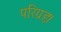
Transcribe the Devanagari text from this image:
परिग्रहः।